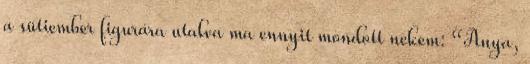
a sütiember figurára utalva ma ennyit mondott nekem: “Anya,